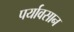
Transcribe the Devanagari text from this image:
पर्यावसान